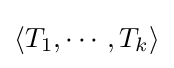
\langle T_{1},\cdots ,T_{k}\rangle